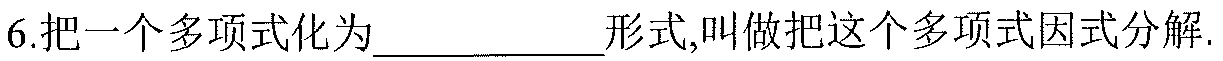
6.把一个多项式化为__________形式,叫做把这个多项式因式分解.